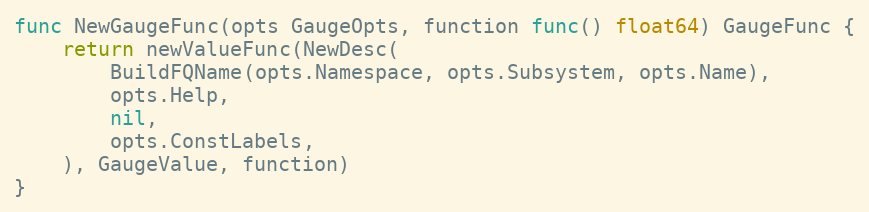
Language: Go
func NewGaugeFunc(opts GaugeOpts, function func() float64) GaugeFunc {
	return newValueFunc(NewDesc(
		BuildFQName(opts.Namespace, opts.Subsystem, opts.Name),
		opts.Help,
		nil,
		opts.ConstLabels,
	), GaugeValue, function)
}